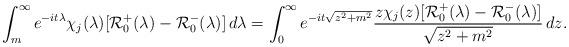
LaTeX: \begin{align*} \int_m^\infty e^{-it\lambda} \chi_j(\lambda) [\mathcal R_0^+(\lambda)-\mathcal R_0^-(\lambda)] \, d\lambda& = \int_0^\infty e^{-it\sqrt{z^2+m^2}}\frac{z \chi_j(z) [\mathcal R_0^+(\lambda)-\mathcal R_0^-(\lambda)]}{\sqrt{z^2+m^2}} \, dz.\end{align*}